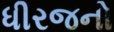
ધીરજનો